Subject: cs
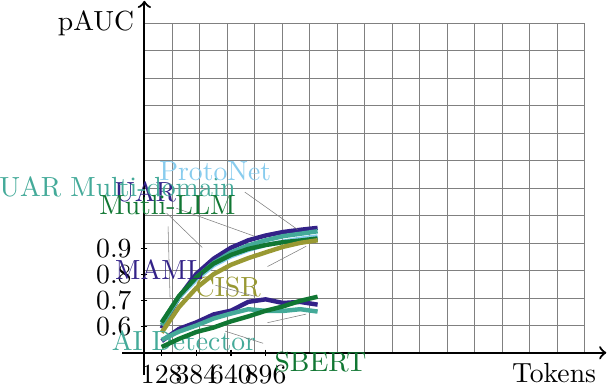
LaTeX code:
\begin{tikzpicture}[scale=1.1,pin distance=0.5cm]
\draw[step=0.125in,gray,very thin] (0,0) grid (2.0in,1.5in);
\draw[thick,->] (-0.1in,0) -- (2.1in,0) node[below left] {Tokens};
\draw[thick,->] (0,-0.1in) -- (0,1.6in) node[below left] {$\mathrm{pAUC}$};
\foreach \y in {0.6,0.7,0.8,0.9}
\draw (1pt,3*\y-1.5) -- (-1pt,3*\y-1.5) node[left] {\y};
\foreach \x in {128, 384, 640, 896}
\draw (\x/5/128,1pt) -- (\x/5/128,-1pt) node[below] {\x};
\definecolor{c0}{RGB}{51,34,136}
\definecolor{c1}{RGB}{68,170,153}
\definecolor{c2}{RGB}{136,204,238}
\definecolor{c3}{RGB}{17,119,51}
\definecolor{c4}{RGB}{153,153,51}

\draw[c0,ultra thick]
(0.2,0.281) -- (0.4,0.644) -- (0.6,0.911) -- (0.8,1.087) node[pin=120:UAR]{} -- (1.0,1.213) -- (1.2,1.299) -- (1.4,1.354) -- (1.6,1.394) -- (1.8,1.420) -- (2.0,1.442);

\draw[c1,ultra thick]
(0.2,0.318) -- (0.4,0.637) -- (0.6,0.867) -- (0.8,1.038) -- (1.0,1.159) -- (1.2,1.240) -- (1.4,1.299) node[pin={[pin distance=2ex]120:{UAR Multi-domain}}]{} -- (1.6,1.346) -- (1.8,1.374) -- (2.0,1.403);

\draw[c2,ultra thick]
(0.2,0.352) -- (0.4,0.644) -- (0.6,0.846) -- (0.8,1.011) -- (1.0,1.114) -- (1.2,1.188) -- (1.4,1.245) -- (1.6,1.282) -- (1.8,1.316) -- node[pin=120:ProtoNet]{} (2.0,1.343) ;

\draw[c3,ultra thick]
(0.2,0.350) -- node[pin={[pin distance=6ex]92:{Mutli-LLM}}]{} (0.4,0.656) -- (0.6,0.871) -- (0.8,1.030) -- (1.0,1.130) -- (1.2,1.199) -- (1.4,1.244) -- (1.6,1.277) -- (1.8,1.296) -- (2.0,1.320);

\draw[c4,ultra thick]
(0.2,0.234) -- (0.4,0.528) -- (0.6,0.748) -- (0.8,0.908) -- (1.0,1.016) -- (1.2,1.093) -- (1.4,1.159) -- (1.6,1.223) -- (1.8,1.269) -- (2.0,1.299) node[pin=210:CISR]{};

\draw[c0,ultra thick]
(0.2,0.136) -- (0.4,0.276) -- (0.6,0.351) -- (0.8,0.443) -- (1.0,0.486) -- (1.2,0.588) -- (1.4,0.617) node[pin=170:MAML]{} -- (1.6,0.575) -- (1.8,0.587) -- (2.0,0.556);

\draw[c1,ultra thick]
(0.2,0.149) -- (0.4,0.245) -- (0.6,0.315) -- (0.8,0.396) -- (1.0,0.453) -- (1.2,0.503) -- (1.4,0.484) -- (1.6,0.483) -- (1.8,0.503) -- (2.0,0.476) node[pin=190:AI Detector]{};

\draw[c3,ultra thick]
(0.2,0.067) -- (0.4,0.161) -- (0.6,0.240) -- (0.8,0.292) node[pin=345:SBERT]{} -- (1.0,0.363) -- (1.2,0.420) -- (1.4,0.485) -- (1.6,0.535) -- (1.8,0.600) -- (2.0,0.647);

\end{tikzpicture}